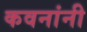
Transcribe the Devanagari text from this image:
कवनांनी